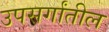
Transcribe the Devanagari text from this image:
उपसर्गांतील